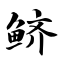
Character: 鲚